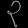
Digit: ၃